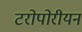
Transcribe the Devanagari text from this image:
टरोपोरीयन